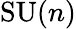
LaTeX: \operatorname{SU}(n)